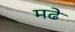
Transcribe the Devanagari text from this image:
मढे